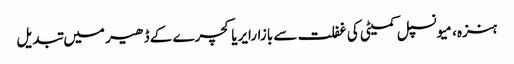
ہنزہ، میونسپل کمیٹی کی غفلت سے بازارایریاکچرے کے ڈھیر میں تبدیل